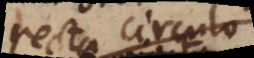
recta circulo